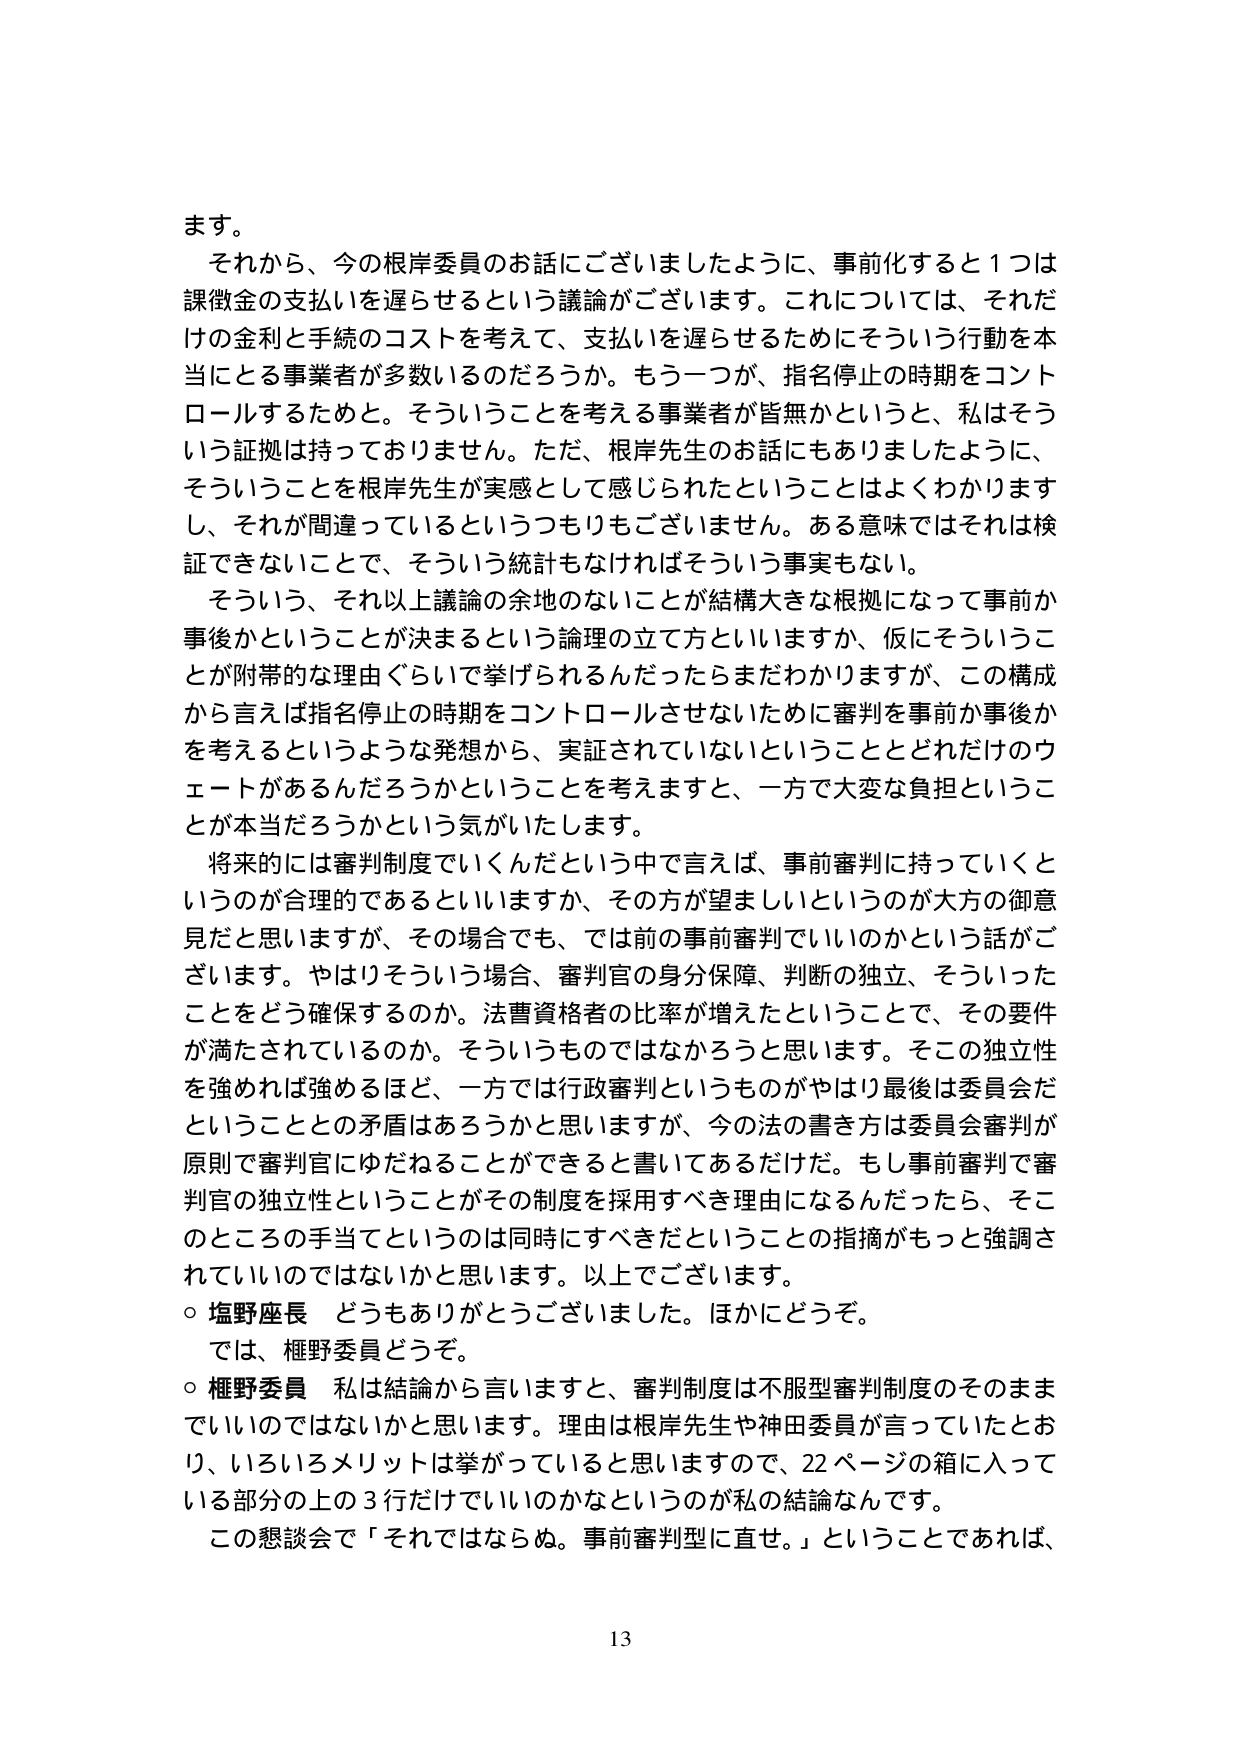
ます。
それから、今の根岸委員のお話にございましたように、事前化すると1つは課徴金の支払いを遅らせるという議論がございます。これについては、それだけの金利と手続のコストを考えて、支払いを遅らせるためにそういう行動を本当にとる事業者が多数いるのだろうか。もう一つが、指名停止の時期をコントロールするためと。そういうことを考える事業者が皆無かというと、私はそういう証拠は持っておりません。ただ、根岸先生のお話にもありましたように、そういうことを根岸先生が実感として感じられたということはよくわかりますし、それが間違っているというつもりもございません。ある意味ではそれは検証できないことで、そういう統計もなければそういう事実もない。
そういう、それ以上議論の余地のないことが結構大きな根拠になって事前か事後かということが決まるという論理の立て方といいますか、仮にそういうことが附帯的な理由ぐらいで挙げられるんだったらまだわかりますが、この構成から言えば指名停止の時期をコントロールさせないために審判を事前か事後かを考えるというような発想から、実証されていないということとどれだけのウェートがあるんだろうかということを考えますと、一方で大変な負担ということが本当だろうかという気がいたします。
将来的には審判制度でいくんだという中で言えば、事前審判に持っていくというのが合理的であるといいますか、その方が望ましいというのが大方の御意見だと思いますが、その場合でも、では前の事前審判でいいのかという話がございます。やはりそういう場合、審判官の身分保障、判断の独立、そういったことをどう確保するのか。法曹資格者の比率が増えたということで、その要件が満たされているのか。そういうものではなかろうと思います。そこの独立性を強めれば強めるほど、一方では行政審判というものがやはり最後は委員会だということとの矛盾はあるろうかと思いますが、今の法の書き方は委員会審判が原則で審判官にゆだねることができると言いてあるだけだ。もし事前審判で審判官の独立性ということがその制度を採用すべき理由になるんだったら、そこのところの手当てというのは同時にすべきだということの指摘がもっと強調されていいのではないかと思います。以上でございます。
○ 塩野座長 どうもありがとうございました。ほかにどうぞ。
では、樫野委員どうぞ。
○ 樫野委員 私は結論から言いますと、審判制度は不服型審判制度のそのままではいいのではないかと思います。理由は根岸先生や神田委員が言っていたとおり、いろいろメリットは挙がっていると思いますので、22ページの箱に入っている部分の上の3行だけでいいのかなというのが私の結論なんです。
この懇談会で「それではならぬ。事前審判型に直せ。」ということであれば、
13